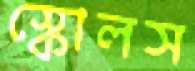
স্কোলস